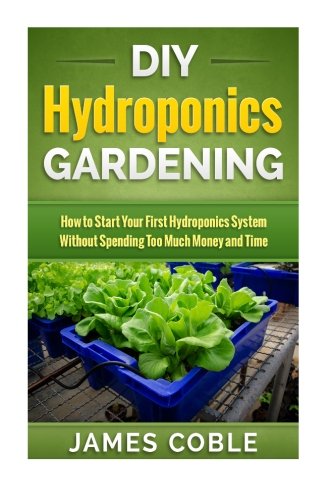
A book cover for DIY Hydroponics Gardening: How to make Your First Hydroponics System without Spending too Much Money or Time; James Coble; Crafts, Hobbies & Home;